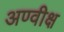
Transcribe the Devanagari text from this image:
अण्वीक्ष